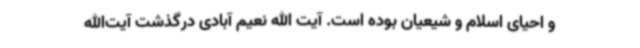
و احیای اسلام و شیعیان بوده است. آیت الله نعیم آبادی درگذشت آیت‌الله